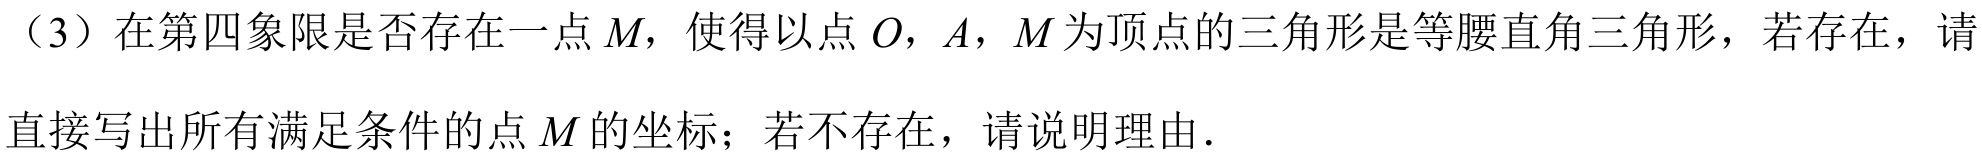
（3）在第四象限是否存在一点\(M\)，使得以点\(O\)，\(A\)，\(M\)为顶点的三角形是等腰直角三角形，若存在，请直接写出所有满足条件的点\(M\)的坐标；若不存在，请说明理由．